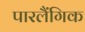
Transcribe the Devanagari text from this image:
पारलैंगिक